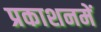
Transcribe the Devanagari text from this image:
प्रकाशनमें